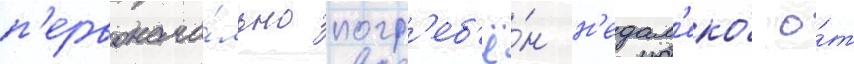
п'ервонача́льно погр'еб'ё́н н'едал'еко́ о́т